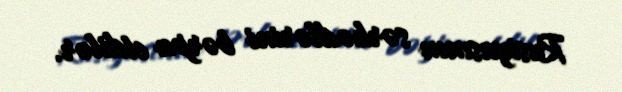
Rusiyasının sərhədlərini bərpa etdilər.